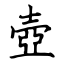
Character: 壺